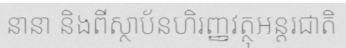
នានា និងពីស្ថាប័នហិរញ្ញវត្ថុអន្តរជាតិ